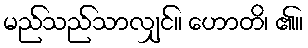
မည်သည်သာလျှင်။ ဟောတိ၊ ၏။